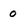
Character: 0